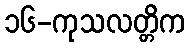
၁၆-ကုသလတ္တိက